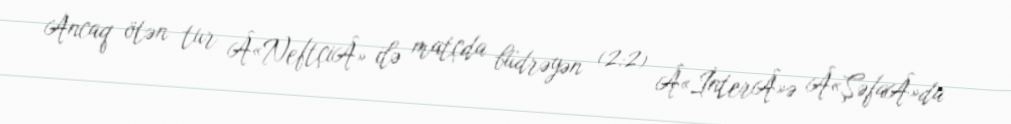
Ancaq ötən tur Â«NeftçiÂ» ilə matçda büdrəyən (2:2) Â«İnterÂ»ə Â«ŞəfaÂ»da